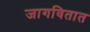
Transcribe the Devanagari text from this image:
जागवितात